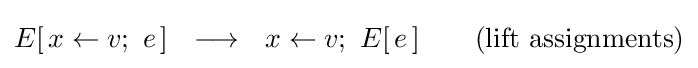
E[\,x\leftarrow v;\ e\,]\ \ \longrightarrow \ \ x\leftarrow v;\ E[\,e\,]\qquad {\text{(lift assignments)}}